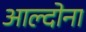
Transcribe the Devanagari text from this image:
आल्दोना